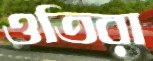
ওতিরা